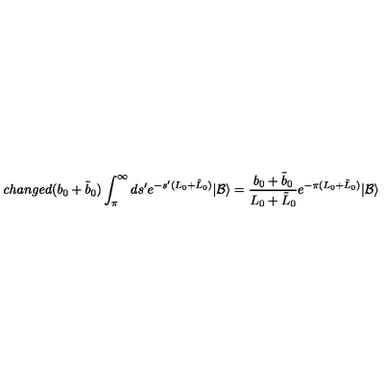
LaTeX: c h a n g e d ( b _ { 0 } + \tilde { b } _ { 0 } ) \int _ { \pi } ^ { \infty } d s ^ { \prime } e ^ { - s ^ { \prime } ( L _ { 0 } + \tilde { L } _ { 0 } ) } | \mathcal { B } \rangle = \frac { b _ { 0 } + \tilde { b } _ { 0 } } { L _ { 0 } + \tilde { L } _ { 0 } } e ^ { - \pi ( L _ { 0 } + \tilde { L } _ { 0 } ) } | \mathcal { B } \rangle